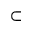
\subset